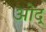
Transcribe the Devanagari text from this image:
ओद्